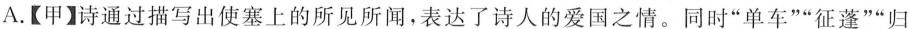
A.【甲】诗通过描写出使塞上的所见所闻，表达了诗人的爱国之情。同时”单车””征蓬””归